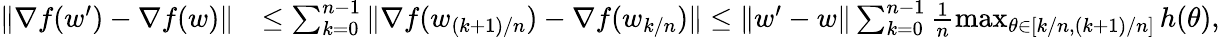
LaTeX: \begin{array}{rl}{\| \nabla f(w^{\prime})-\nabla f(w)\| }&{\le\sum_{k=0}^{n-1}\| \nabla f(w_{(k+1)/n})-\nabla f(w_{k/n})\| \le\| w^{\prime}-w\| \sum_{k=0}^{n-1}\frac{1}{n}\operatorname*{max}_{\theta\in[k/n,(k+1)/n]}h(\theta),}\end{array}